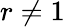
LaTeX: r\neq 1